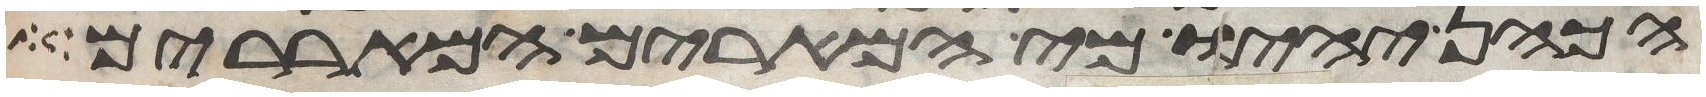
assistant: הכהן יהיו מי המרים המאררים